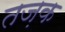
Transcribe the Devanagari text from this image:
तज़क